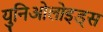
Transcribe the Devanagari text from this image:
युनिओलोइड्स